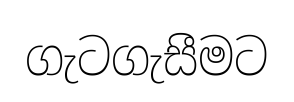
ගැටගැසීමට